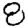
Digit: 8